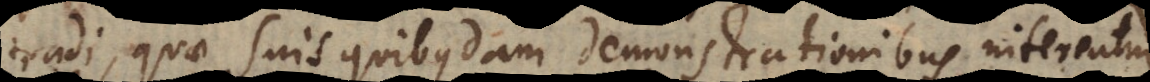
tradi, quae suis quibusdam demonstrationibus niterentu